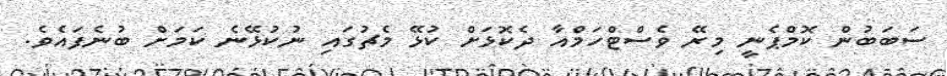
ސަބަބުން ކޮމްޕެނީ މިރޭ ވެސްޓްހަމްއާ ދެކޮޅަށް ކުޅޭ މެޗުގައި ނުކުޅޭނެ ކަމަށް ބުނެފައެވެ.